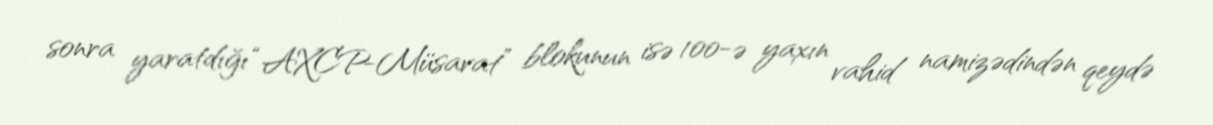
sonra yaratdığı “AXCP-Müsavat” blokunun isə 100-ə yaxın vahid namizədindən qeydə